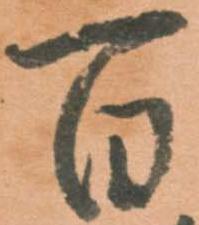
百